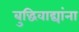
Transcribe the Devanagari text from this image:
बुद्धिवाद्यांना